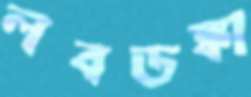
লবডঙ্কা